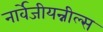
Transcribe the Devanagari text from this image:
नार्वेजीयन्नील्स